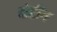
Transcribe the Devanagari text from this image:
बोटींग